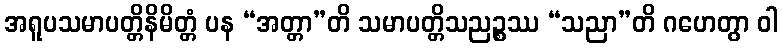
အရူပသမာပတ္တိနိမိတ္တံ ပန “အတ္တာ”တိ သမာပတ္တိသညဉ္စဿ “သညာ”တိ ဂဟေတွာ ဝါ